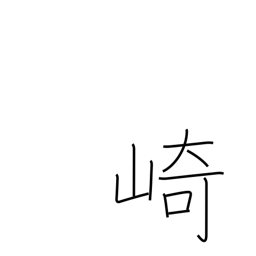
Meaning: promontory